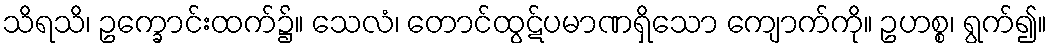
သိရသိ၊ ဥက္ခောင်းထက်၌။ သေလံ၊ တောင်ထွဋ်ပမာဏရှိသော ကျောက်ကို။ ဥဟစ္စ၊ ရွက်၍။